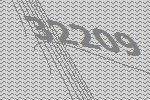
32209